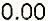
0.00